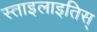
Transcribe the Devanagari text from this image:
स्ताइलाइतिस्